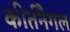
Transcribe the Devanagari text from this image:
कीर्तनैगल